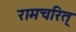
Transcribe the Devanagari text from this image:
रामचरित्